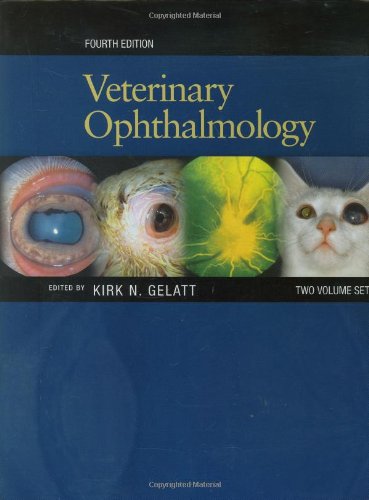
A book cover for Veterinary Ophthalmology (2 Volume Set); Medical Books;